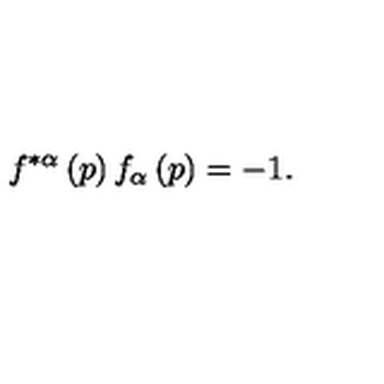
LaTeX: f ^ { * \alpha } \left( p \right) f _ { \alpha } \left( p \right) = - 1 .